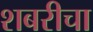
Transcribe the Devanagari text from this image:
शबरीचा